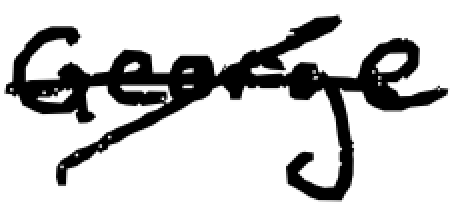
Text: George
Cross-out: cross
Writing tool: digital_black